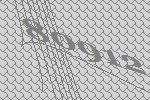
80912